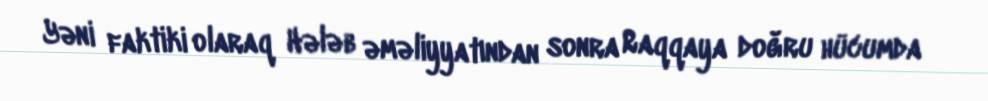
Yəni faktiki olaraq Hələb əməliyyatından sonra Raqqaya doğru hücumda